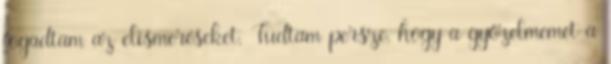
fogadtam az elismeréseket. Tudtam persze, hogy a győzelmemet a